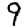
Digit: 9